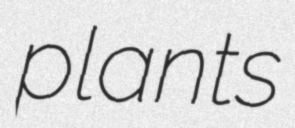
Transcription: plants